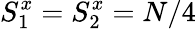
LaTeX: S_{1}^{x}=S_{2}^{x}=N/4